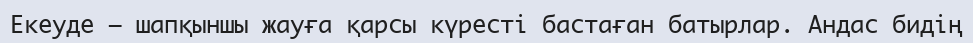
Екеуде — шапқыншы жауға қарсы күресті бастаған батырлар. Андас бидің